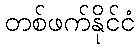
တစ်ဖက်နိုင်ငံ